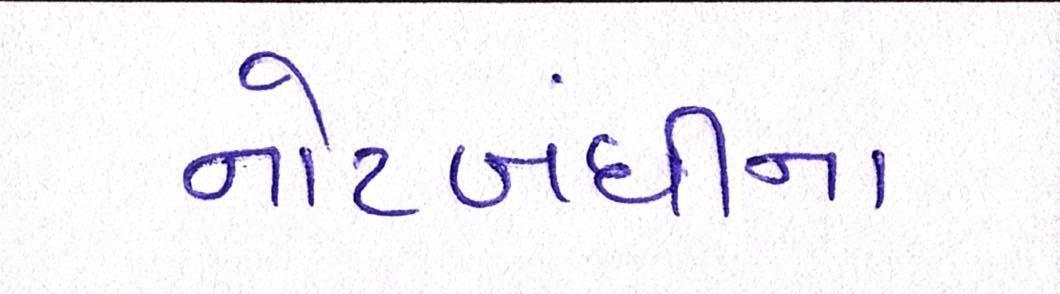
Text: નોટબંધીના